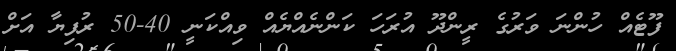
ފޫޓެއް ހުންނަ ވަރުގެ ރީންދޫ އުރަހަ ކަންނެއްޔެއް ވިއްކަނީ 40-50 ރުފިޔާ އަށް